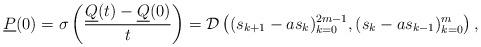
LaTeX: \begin{align*}\underline{P}(0) = \sigma\left(\frac{\underline{Q}(t)-\underline{Q}(0)}{t} \right) = \mathcal{D}\left((s_{k+1}-as_{k})_{k=0}^{2m-1}, (s_k-as_{k-1})_{k=0}^{m} \right),\end{align*}